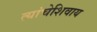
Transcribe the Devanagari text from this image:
त्यांचेशिवाय